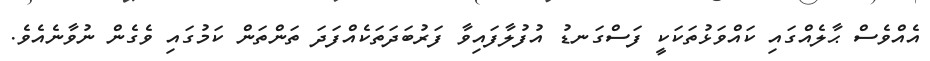
އެއްވެސް ޙާލެއްގައި ކައްވަޅުތަކަކީ ފަސްގަނޑު އުފުލާފައިވާ ފަރުބަދަތަކެއްފަދަ ތަންތަން ކަމުގައި ވެގެން ނުވާނެއެވެ.